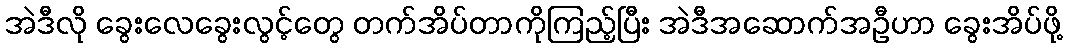
အဲဒီလို ခွေးလေခွေးလွင့်တွေ တက်အိပ်တာကိုကြည့်ပြီး အဲဒီအဆောက်အဦဟာ ခွေးအိပ်ဖို့